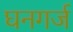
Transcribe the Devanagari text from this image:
घनगर्ज